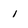
Character: i